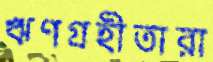
ঋণগ্রহীতারা